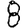
Digit: 8